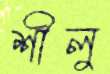
শীলু